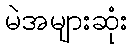
မဲအများဆုံး